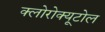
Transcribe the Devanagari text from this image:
क्लोरोक्यूटोल